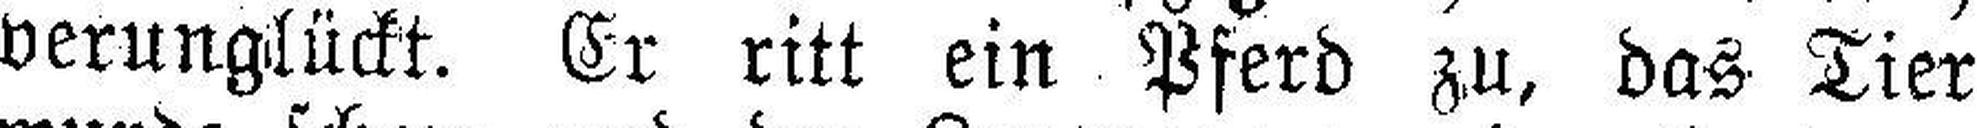
verunglückt. Er ritt ein Pferd zu, das Tier